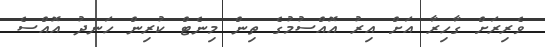
ވެރިރަށް ގާހިރާ އަށް އިރު އޮއްސުމުގެ ތިން މިނެޓް ކުރިން ހަނދު އޮއްސެ